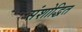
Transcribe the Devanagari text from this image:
संशोद्धित